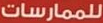
للممارسات